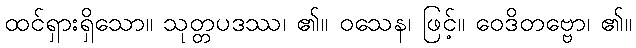
ထင်ရှားရှိသော။ သုတ္တပဒဿ၊ ၏။ ဝသေန၊ ဖြင့်။ ဝေဒိတဗ္ဗော၊ ၏။